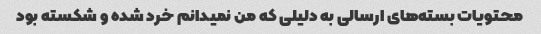
محتویات بسته‌های ارسالی به دلیلی که من نمیدانم خرد شده و شکسته بود